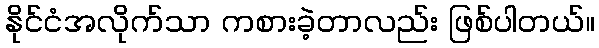
နိုင်ငံအလိုက်သာ ကစားခဲ့တာလည်း ဖြစ်ပါတယ်။